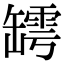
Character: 𦉏